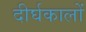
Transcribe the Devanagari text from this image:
दीर्घकालों